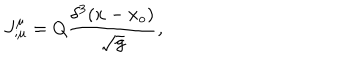
LaTeX: J _ { ; \mu } ^ { \mu } = Q { \frac { \delta ^ { 3 } ( x - x _ { o } ) } { \sqrt g } } ,